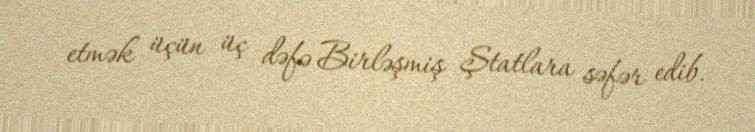
etmək üçün üç dəfə Birləşmiş Ştatlara səfər edib.